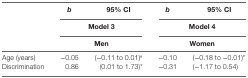
<table><thead><tr><td></td><td><b><i>b</i></b></td><td><b>95% CI</b></td><td><b><i>b</i></b></td><td><b>95% CI</b></td></tr><tr><td></td><td colspan="2"><b>Model 3</b></td><td colspan="2"><b>Model 4</b></td></tr><tr><td></td><td colspan="2"><b>Men</b></td><td colspan="2"><b>Women</b></td></tr></thead><tbody><tr><td>Age (years)</td><td>−0.05</td><td>(−0.11 to 0.01)<sup>#</sup></td><td>−0.10</td><td>(−0.18 to −0.01)*</td></tr><tr><td>Discrimination</td><td>0.86</td><td>(0.01 to 1.73)*</td><td>−0.31</td><td>(−1.17 to 0.54)</td></tr></tbody></table>